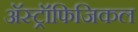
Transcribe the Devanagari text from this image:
अॅस्ट्रॉफिजिकल